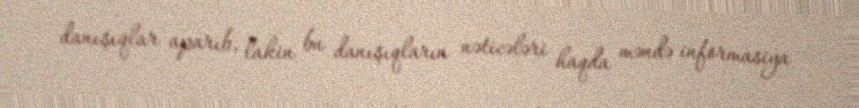
danışıqlar aparıb, lakin bu danışıqların nəticələri haqda məndə informasiya